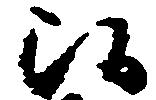
候